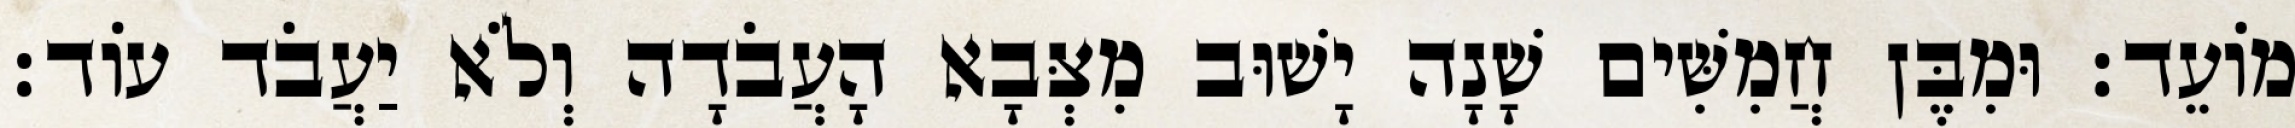
מוֹעֵד׃ וּמִבֶּן חֲמִשִּׁים שָׁנָה יָשׁוּב מִצְּבָא הָעֲבֹדָה וְלֹא יַעֲבֹד עוֹד׃